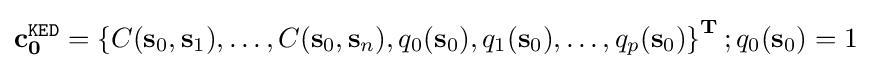
\mathbf {c} _{\mathbf {0} }^{\mathtt {KED}}=\left\{C(\mathbf {s} _{0},\mathbf {s} _{1}),\ldots ,C(\mathbf {s} _{0},\mathbf {s} _{n}),q_{0}(\mathbf {s} _{0}),q_{1}(\mathbf {s} _{0}),\ldots ,q_{p}(\mathbf {s} _{0})\right\}^{\mathbf {T} };q_{0}(\mathbf {s} _{0})=1